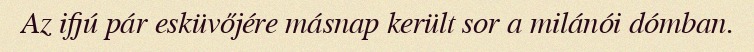
Az ifjú pár esküvőjére másnap került sor a milánói dómban.